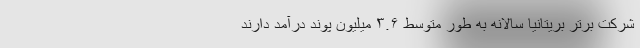
شرکت برتر بریتانیا سالانه به طور متوسط ۳.۶ میلیون پوند درآمد دارند